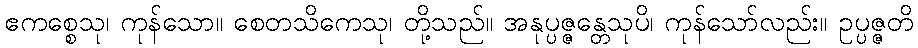
ဧကစ္စေသု၊ ကုန်သော။ စေတသိကေသု၊ တို့သည်။ အနုပ္ပဇ္ဇန္တေသုပိ၊ ကုန်သော်လည်း။ ဥပ္ပဇ္ဇတိ